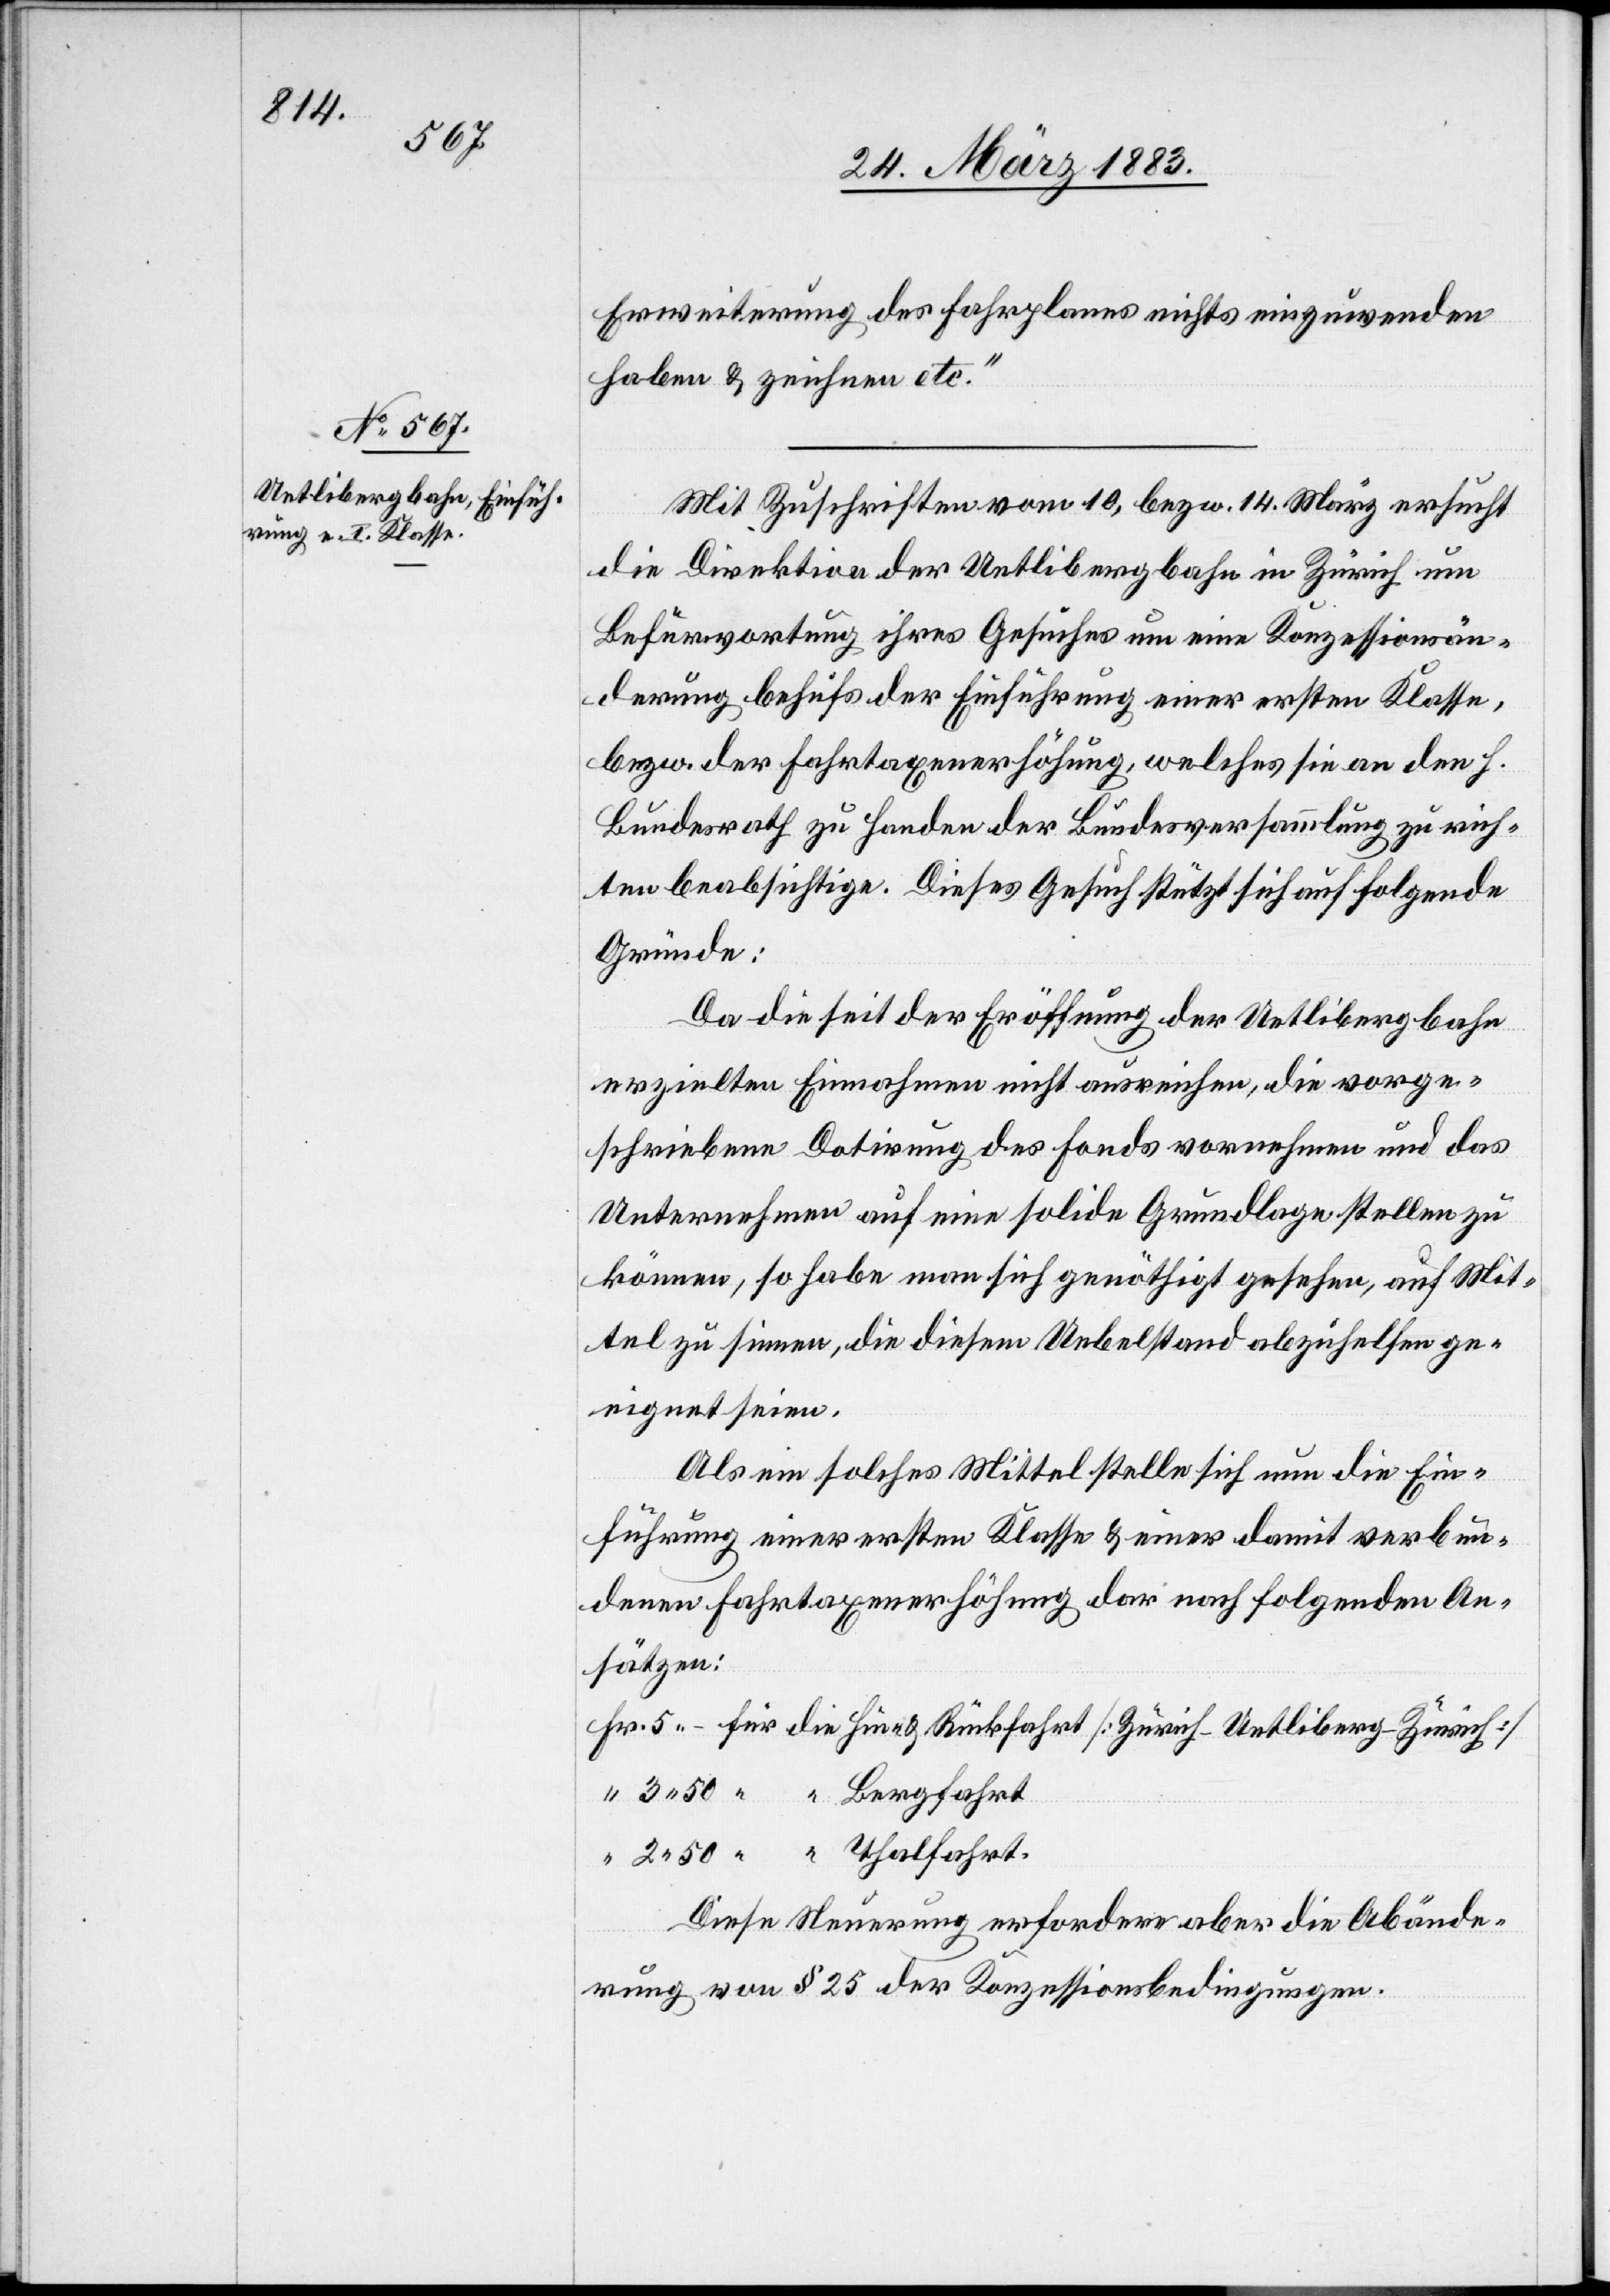
Erweiterung des Fahrplanes nichts einzuwenden
haben & zeichnen etc.“
Mit Zuschrift vom 10. bezw. 14. März ersucht
die Direktion der Uetlibergbahn in Zürich um
Befürwortung ihres Gesuches um eine Konzessionsän¬
derung behufs der Einführung einer ersten Klasse,
bezw. der Fahrtaxenerhöhung, welches sie an den h.
Bundesrath zu Handen der Bundesversammlung zu rich¬
ten beabsichtige. Dieses Gesuch stützt sich auf folgende
Gründe:
Da die seit Eröffnung der Uetlibergbahn
erzielten Einnahmen nicht ausreichen, die vorge¬
schriebene Dotirung des Fonds vornehmen und das
Unternehmen auf eine solide Grundlage stellen zu
können, so habe man sich genöthigt gesehen, auf Mit¬
tel zu sinnen, die diesem Umstand abzuhelfen ge¬
eignet seien.
Als ein solches Mittel stelle sich nun die Ein¬
führung einer ersten Klasse & einer damit verbun¬
denen Fahrtaxenerhöhung dar nach folgenden An¬
sätzen:
Diese Neuerung erfordere aber die Abände¬
rung von § 25 der Konzessionsbedingungen.